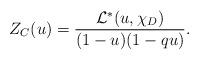
LaTeX: \begin{align*} Z_{C}(u)= \frac{\mathcal{L}^*(u,\chi_D)}{(1-u)(1-qu)}.\end{align*}